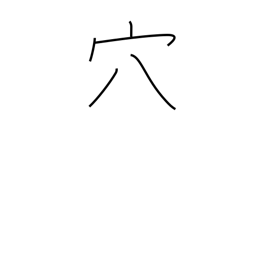
Meaning: aperture